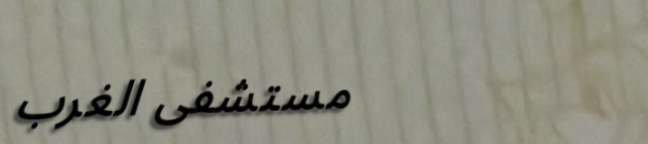
مستشفى الغرب